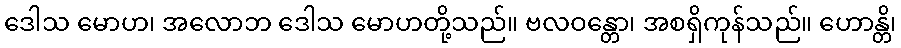
ဒေါသ မောဟ၊ အလောဘ ဒေါသ မောဟတို့သည်။ ဗလဝန္တော၊ အစရှိကုန်သည်။ ဟောန္တိ၊